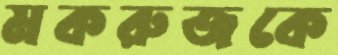
মকরুজকে